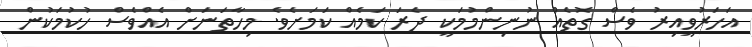
އަހަރުވީއިރު ވެސް ގޮތެއް ނުނިންމުމަކީ ދެރަ ކަމެއް ކަމަށެވެ. މިހާތަނަށް އެއްވެސް ހުކުމަކުން